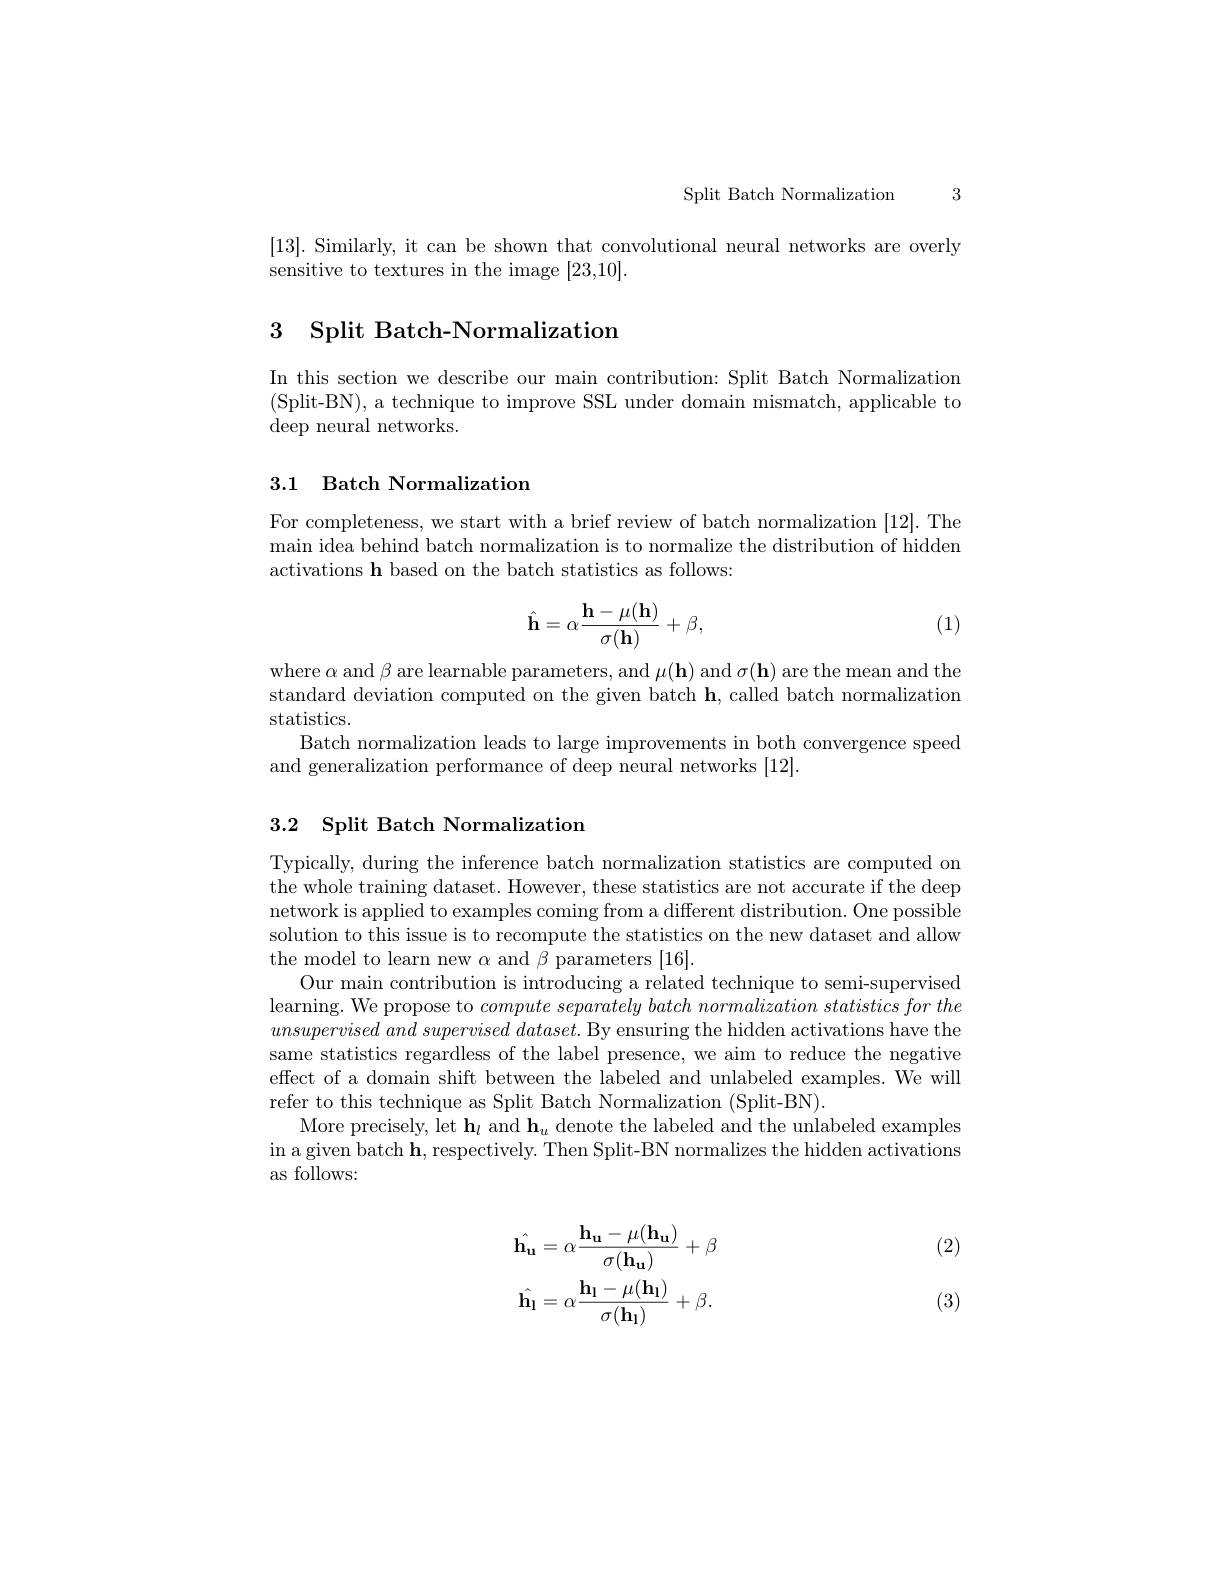
Split Batch Normalization 3

[13]. Similarly, it can be shown that convolutional neural networks are overly
sensitive to textures in the image [23,10].

## 3 Split Batch-Normalization

In this section we describe our main contribution: Split Batch Normalization (Split-BN), a technique to improve SSL under domain mismatch, applicable to $\operatorname{deep}$ neural networks.

## 3.1 Batch Normalization

For completeness, we start with a brief review of batch normalization [12]. The main idea behind batch normalization is to normalize the distribution of hidden activations h based on the batch statistics as follows:
$$\hat{\mathbf{h}}=\alpha\frac{\mathbf{h}-\mu(\mathbf{h})}{\sigma(\mathbf{h})}+\beta,$$
(1)

where $\alpha$ and $\beta$ are learnable parameters, and $\mu(\mathbf{h})$ and $\sigma(\mathbf{h})$ are the mean and the standard deviation computed on the given batch $\mathbf{h}$, called batch normalization statistics.

Batch normalization leads to large improvements in both convergence speed
and generalization performance of deep neural networks [12].

# 3.2 Split Batch Normalization

Typically, during the inference batch normalization statistics are computed on the whole training dataset. However, these statistics are not accurate if the deep network is applied to examples coming from a different distribution. One possible solution to this issue is to recompute the statistics on the new dataset and allow the model to learn new $\alpha$ and $\beta$ parameters [16].
Our main contribution is introducing a related technique to semi-supervised learning. We propose to $compute\textit{ separately batch normalization statistics for the}$ $unsupervisedand\textit{ supervised dataset. By ensuring the hidden activations have the}$ same statistics regardless of the label presence, we aim to reduce the negative effect of a domain shift between the labeled and unlabeled examples. We will refer to this technique as Split Batch Normalization (Split-BN).
More precisely, let $\mathbf{h}_{l}$ and $\mathbf{h}_u$ denote the labeled and the unlabeled examples in a given batch $\mathbf{h}$,respectively. Then Split-BN normalizes the hidden activations as follows:

(2)
$$\begin{aligned}\hat{\mathbf{h_u}}&=\alpha\frac{\mathbf{h_u}-\mu(\mathbf{h_u})}{\sigma(\mathbf{h_u})}+\beta\\\hat{\mathbf{h_l}}&=\alpha\frac{\mathbf{h_l}-\mu(\mathbf{h_l})}{\sigma(\mathbf{h_l})}+\beta.\end{aligned}$$
(3)